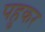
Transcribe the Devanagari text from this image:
पहुकर